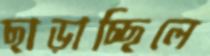
ছাড়াচ্ছিলে